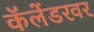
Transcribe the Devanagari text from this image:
कॅलेंडरवर